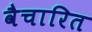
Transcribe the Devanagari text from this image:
वैचारित